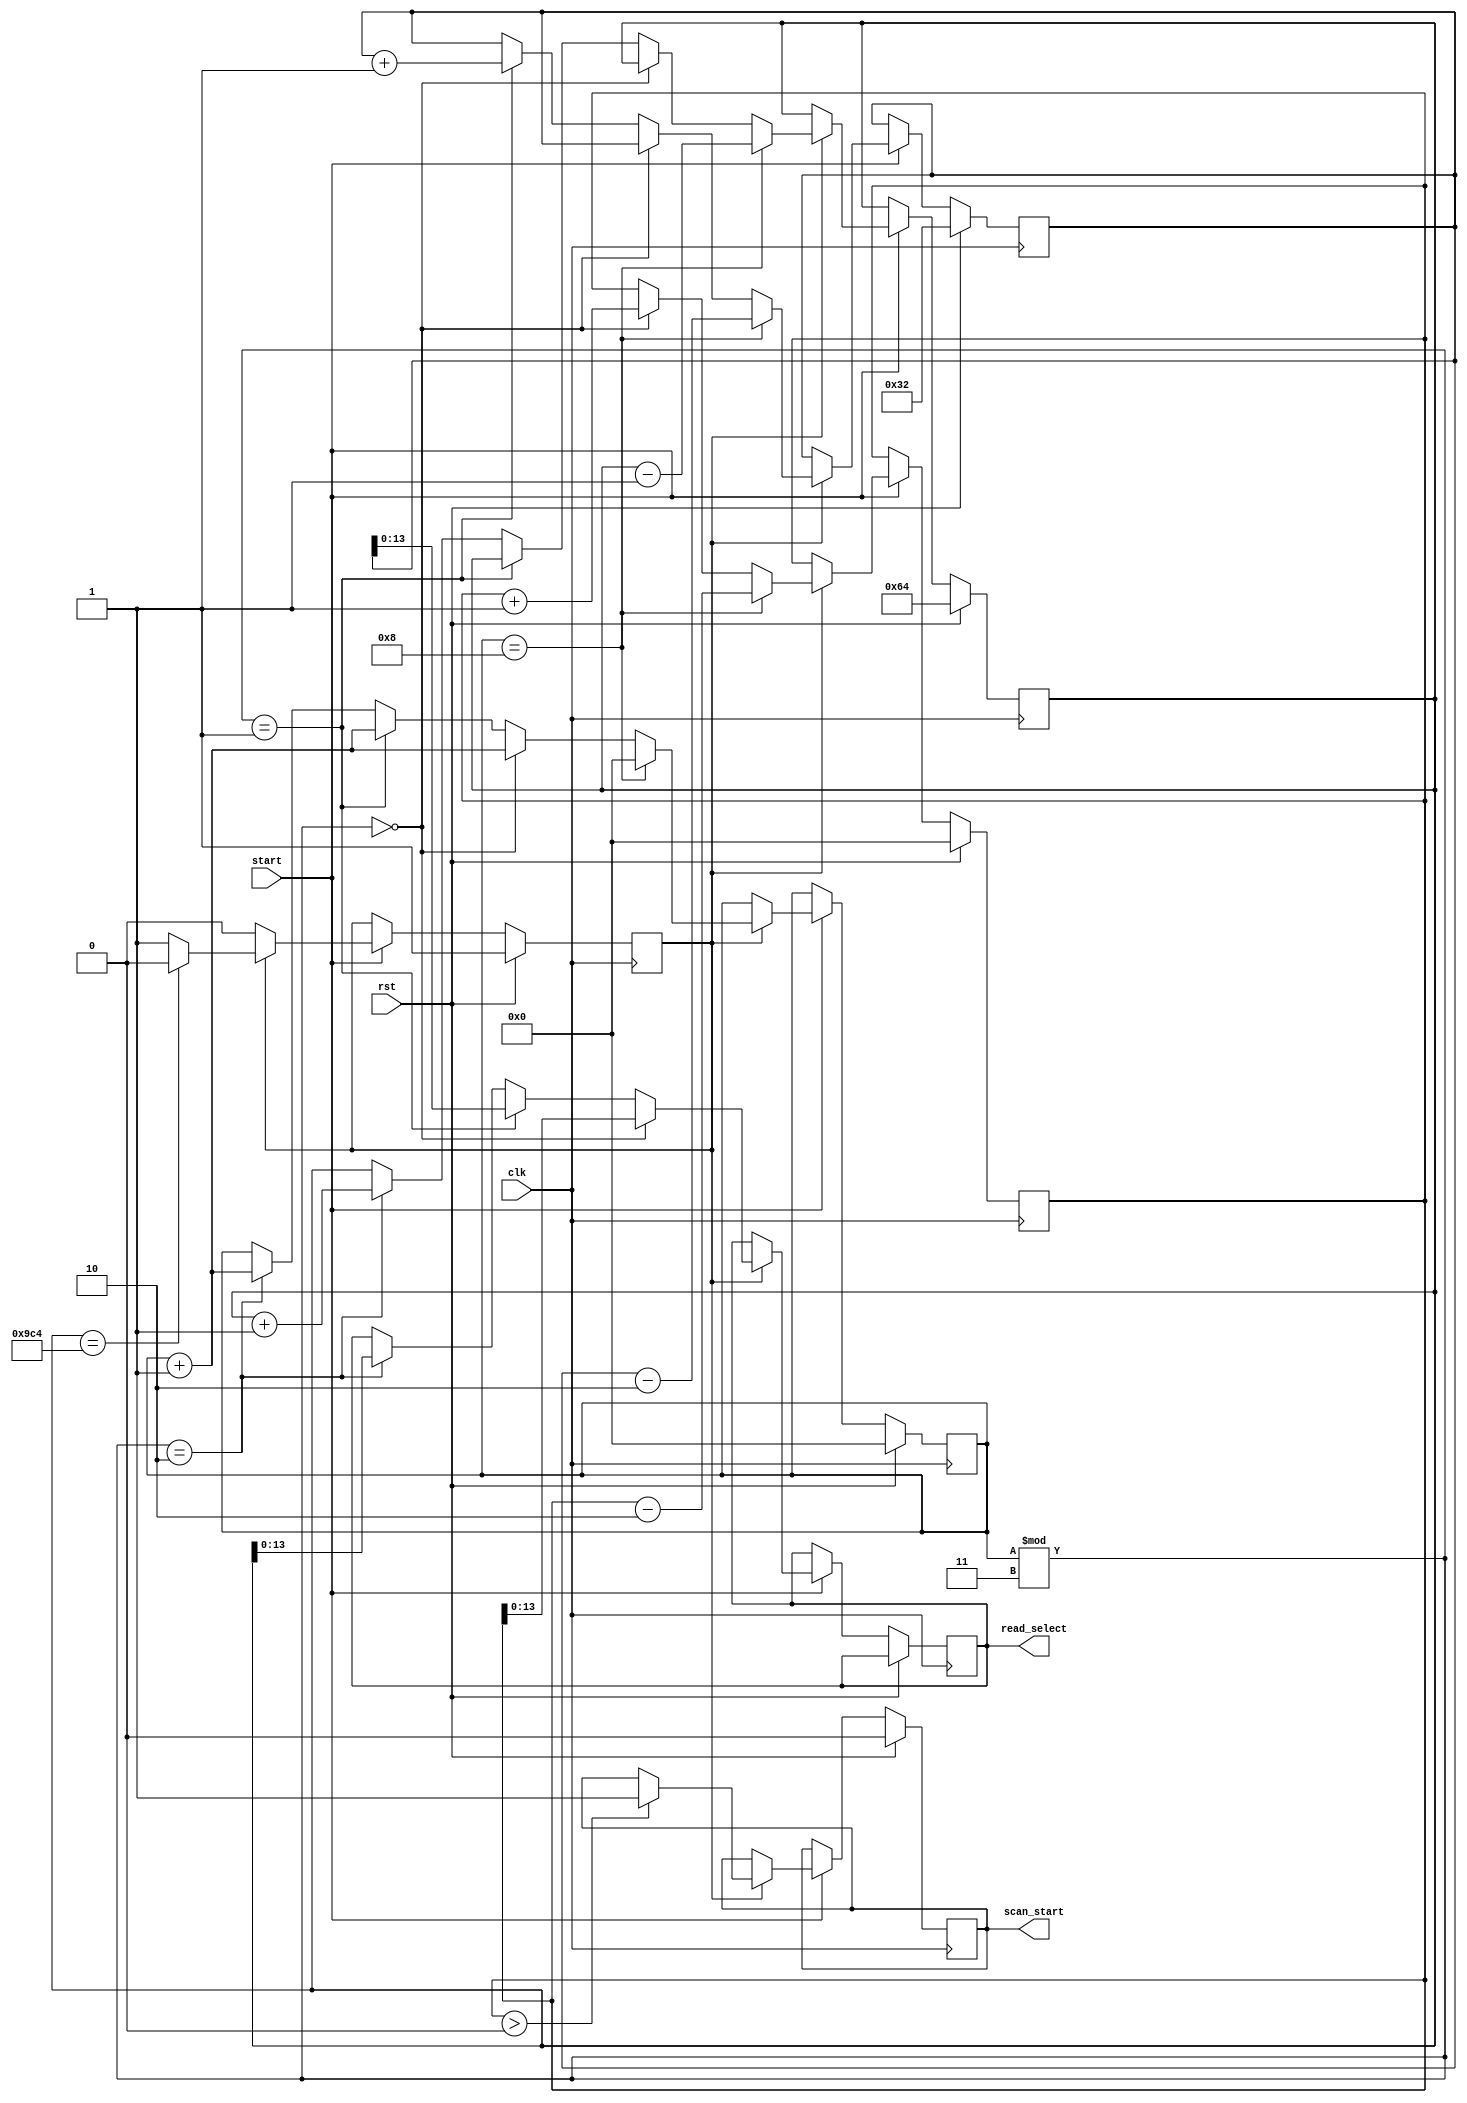
module semi_systolic_final(read_select,scan_start, start, clk,rst);

input clk,rst,start;
output reg [13:0] read_select;
output reg scan_start;
reg [15:0] i,k,l,m;
reg flag;
always@(posedge clk)
begin
if(rst)
begin
	scan_start<=0;
	i<=0;
	k<=0;
	l<=50;
	m<=100;
	flag<=1;
end
else if(start ==1)
begin
	if(flag == 1)
	begin
		/*x1=x1+1;
		if(x1%1600==0)
		begin*/
			if(i%3==0)
				begin
					read_select <= k;
					k<=k+1;
					i<=i+1;
				end
			else if(i%3==1)
				begin
					read_select <= l;
					l <= l+1;
					i<=i+1;
				end
			else if(i%3==2)
				begin
					read_select <= m;
					m <= m+1;
					i<=i+1;
				end
			if(i == 8)
				begin
				i <= 0;
				k<=k-2;
				l<=l-2;
				m<=m-1;
				end
			if(m == 2500)
				flag = 0;
			if(k>0)
				scan_start<=1;
			end
		//end			
end
end
endmodule